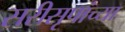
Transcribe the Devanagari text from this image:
सरीसृपांच्या